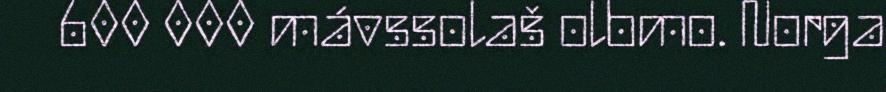
600 000 mávssolaš olbmo. Norga